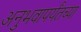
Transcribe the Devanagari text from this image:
अनुभवापर्यंतच्या